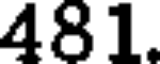
481.